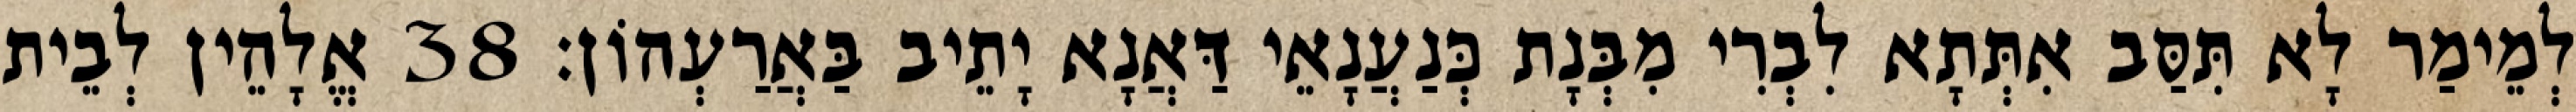
לְמֵימַר לָא תִּסַּב אִתְּתָא לִבְרִי מִבְּנָת כְּנַעֲנָאֵי דַּאֲנָא יָתֵיב בַּאֲרַעְהוֹן׃ 38 אֱלָהֵין לְבֵית